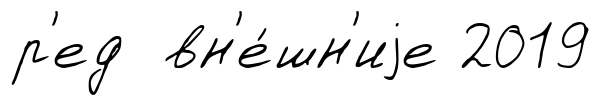
р'ед вн'е́шн'иjе 2019